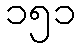
၁၅၁